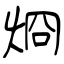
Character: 烱